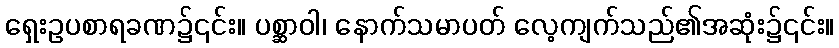
ရှေးဥပစာရခဏ၌၎င်း။ ပစ္ဆာဝါ၊ နောက်သမာပတ် လေ့ကျက်သည်၏အဆုံး၌၎င်း။